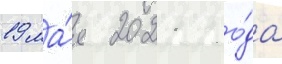
19 ма́я 2021 го́да